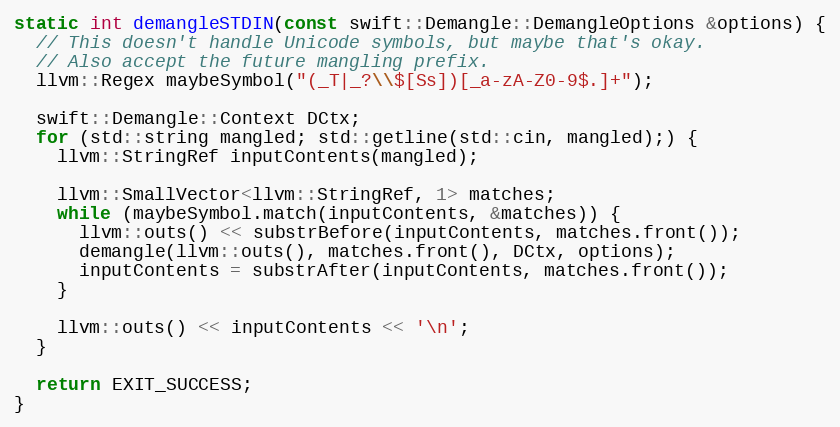
Language: C++
static int demangleSTDIN(const swift::Demangle::DemangleOptions &options) {
  // This doesn't handle Unicode symbols, but maybe that's okay.
  // Also accept the future mangling prefix.
  llvm::Regex maybeSymbol("(_T|_?\\$[Ss])[_a-zA-Z0-9$.]+");

  swift::Demangle::Context DCtx;
  for (std::string mangled; std::getline(std::cin, mangled);) {
    llvm::StringRef inputContents(mangled);

    llvm::SmallVector<llvm::StringRef, 1> matches;
    while (maybeSymbol.match(inputContents, &matches)) {
      llvm::outs() << substrBefore(inputContents, matches.front());
      demangle(llvm::outs(), matches.front(), DCtx, options);
      inputContents = substrAfter(inputContents, matches.front());
    }

    llvm::outs() << inputContents << '\n';
  }

  return EXIT_SUCCESS;
}